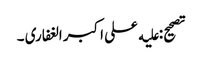
تصحیح: علیه علی اکبر الغفاری ۔